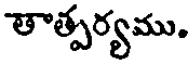
తాత్పర్యము.